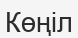
Көңіл